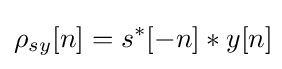
\rho _{sy}[n]=s^{*}[-n]*y[n]\!